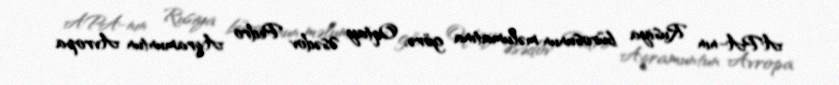
APA-nın Rusiya bürosunun məlumatına görə, Oqtay Əsədov Pedro Aqramuntun Avropa